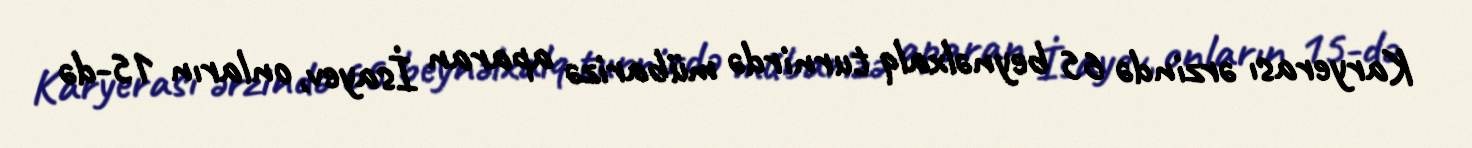
Karyerası ərzində 65 beynəlxalq turnirdə mübarizə aparan İsayev, onların 15-də